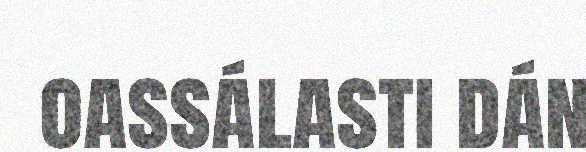
oassálasti dán